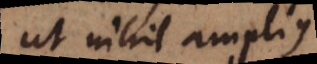
ut nihil amplius